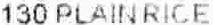
130 PLAINRICE